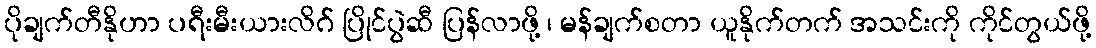
ပိုချက်တီနိုဟာ ပရီးမီးယားလိဂ် ပြိုင်ပွဲဆီ ပြန်လာဖို့ ၊ မန်ချက်စတာ ယူနိုက်တက် အသင်းကို ကိုင်တွယ်ဖို့